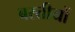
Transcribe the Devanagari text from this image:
बस्तीयों